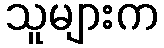
သူများက